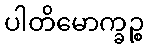
ပါတိမောက္ခဉ္စ